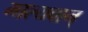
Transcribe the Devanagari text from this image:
माल्यवान्